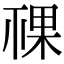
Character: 𥚌